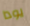
يودا